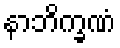
နာဘိက္ခဏံ